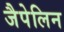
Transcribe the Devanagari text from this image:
जैपेलिन